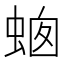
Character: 𧋙